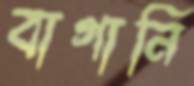
বাগানি